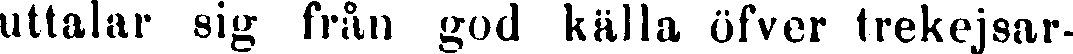
uttalar sig från god källa öfver trekejsar-